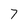
Character: 7